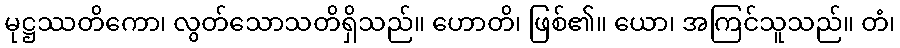
မုဋ္ဌဿတိကော၊ လွတ်သောသတိရှိသည်။ ဟောတိ၊ ဖြစ်၏။ ယော၊ အကြင်သူသည်။ တံ၊